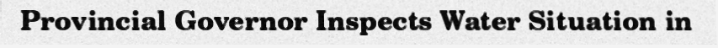
Provincial Governor Inspects Water Situation in